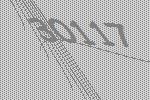
30117